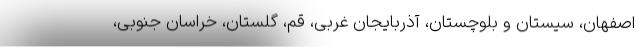
اصفهان، سیستان و بلوچستان، آذربایجان غربی، قم، گلستان، خراسان جنوبی،